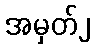
အမှတ်၂